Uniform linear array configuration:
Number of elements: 64
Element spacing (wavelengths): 0.25
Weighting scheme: kaiser
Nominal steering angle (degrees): -15
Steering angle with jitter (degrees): -15.626
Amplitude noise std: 0.05
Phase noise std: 0.05

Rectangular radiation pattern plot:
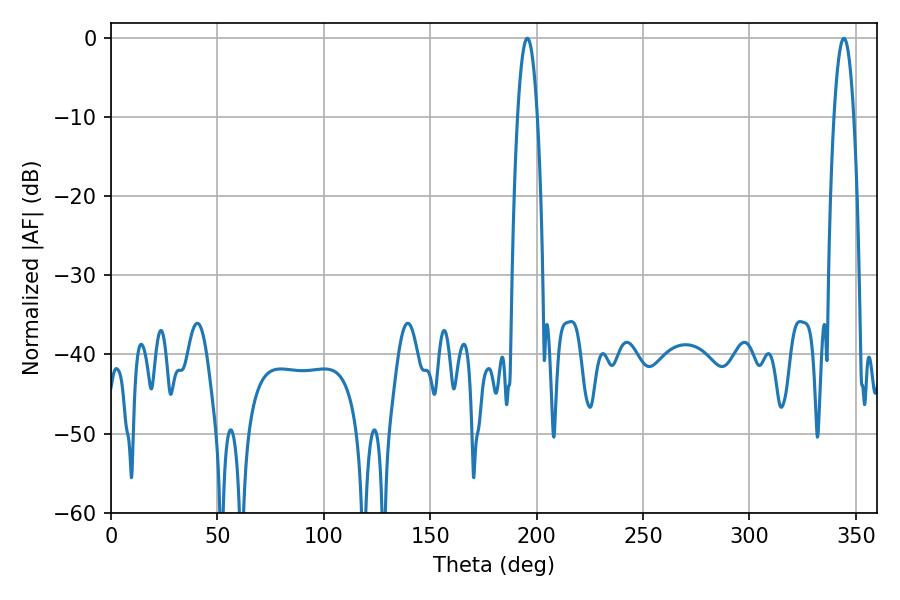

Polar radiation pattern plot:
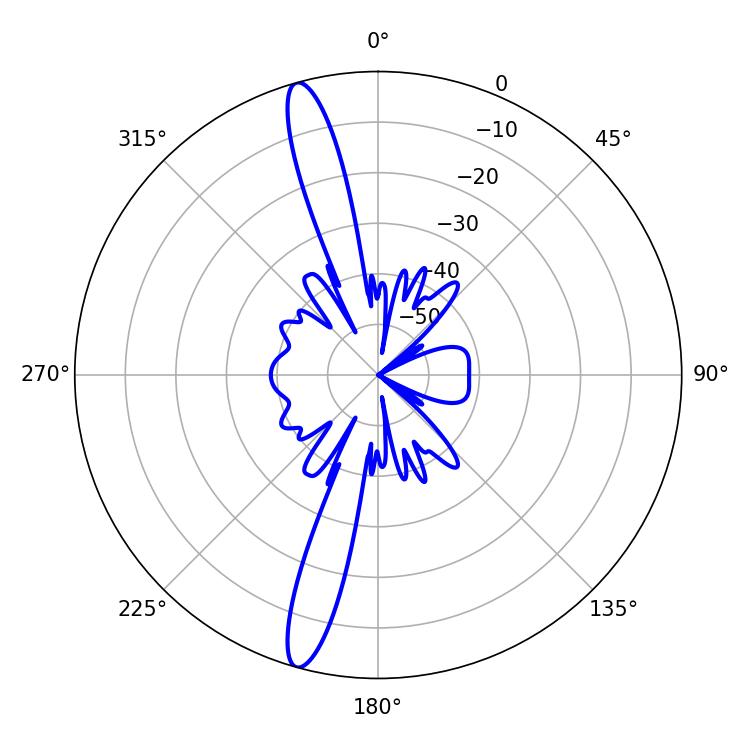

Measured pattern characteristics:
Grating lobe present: FALSE
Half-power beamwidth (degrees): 5.04
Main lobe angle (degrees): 195.66